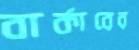
বার্কারের